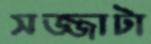
সজ্জাটা